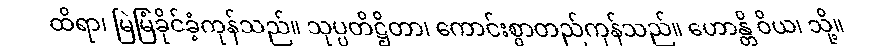
ထိရာ၊ မြဲမြံခိုင်ခံ့ကုန်သည်။ သုပ္ပတိဋ္ဌိတာ၊ ကောင်းစွာတည်ကုန်သည်။ ဟောန္တိ ဝိယ၊ သို့။